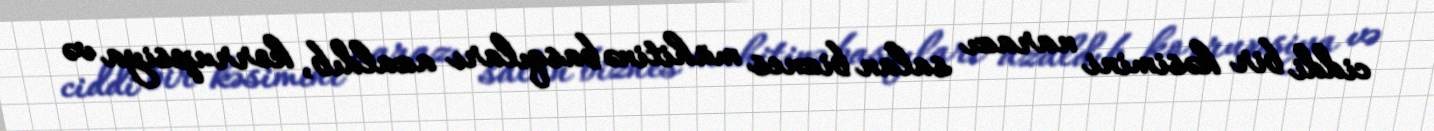
ciddi bir kəsimini narazı salan biznes mühitinə basqıları azaldıb, korrupsiya və